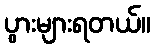
ပွားများရတယ်။